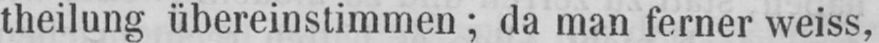
theilung übereinstimmen; da man ferner weiss,